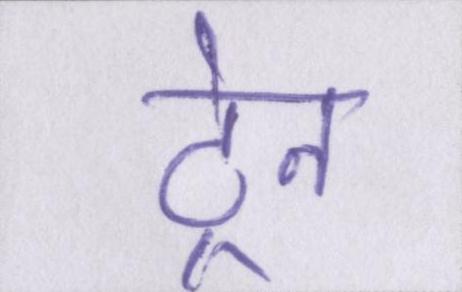
ट्रेन